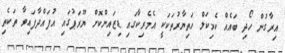
އިރާގުން ހޯދި ބައެއް ކެމިކަލް ހަތިޔާރުތަކަކީ އެމެރިކާގައި ޑިޒައިންކޮށް ޔޫރަޕުގައި އުފައްދާފައިވާ ތަކެތި